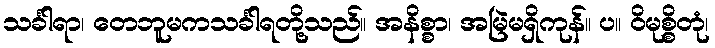
သင်္ခါရာ၊ တေဘူမကသင်္ခါရတို့သည်။ အနိစ္စာ၊ အမြဲမရှိကုန်။ ပ။ ဝိမုစ္စိတုံ၊